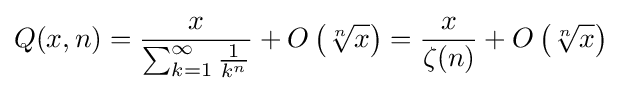
Q(x,n)={\frac {x}{\sum _{k=1}^{\infty }{\frac {1}{k^{n}}}}}+O\left({\sqrt[{n}]{x}}\right)={\frac {x}{\zeta (n)}}+O\left({\sqrt[{n}]{x}}\right)